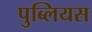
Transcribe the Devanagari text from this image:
पुब्लियस